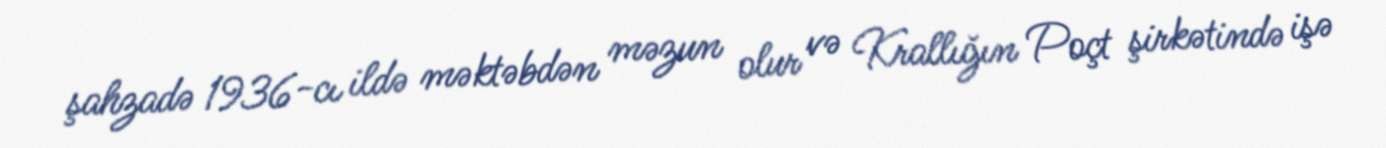
şahzadə 1936-cı ildə məktəbdən məzun olur və Krallığın Poçt şirkətində işə